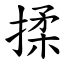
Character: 揉